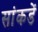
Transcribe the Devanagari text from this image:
सांकडें